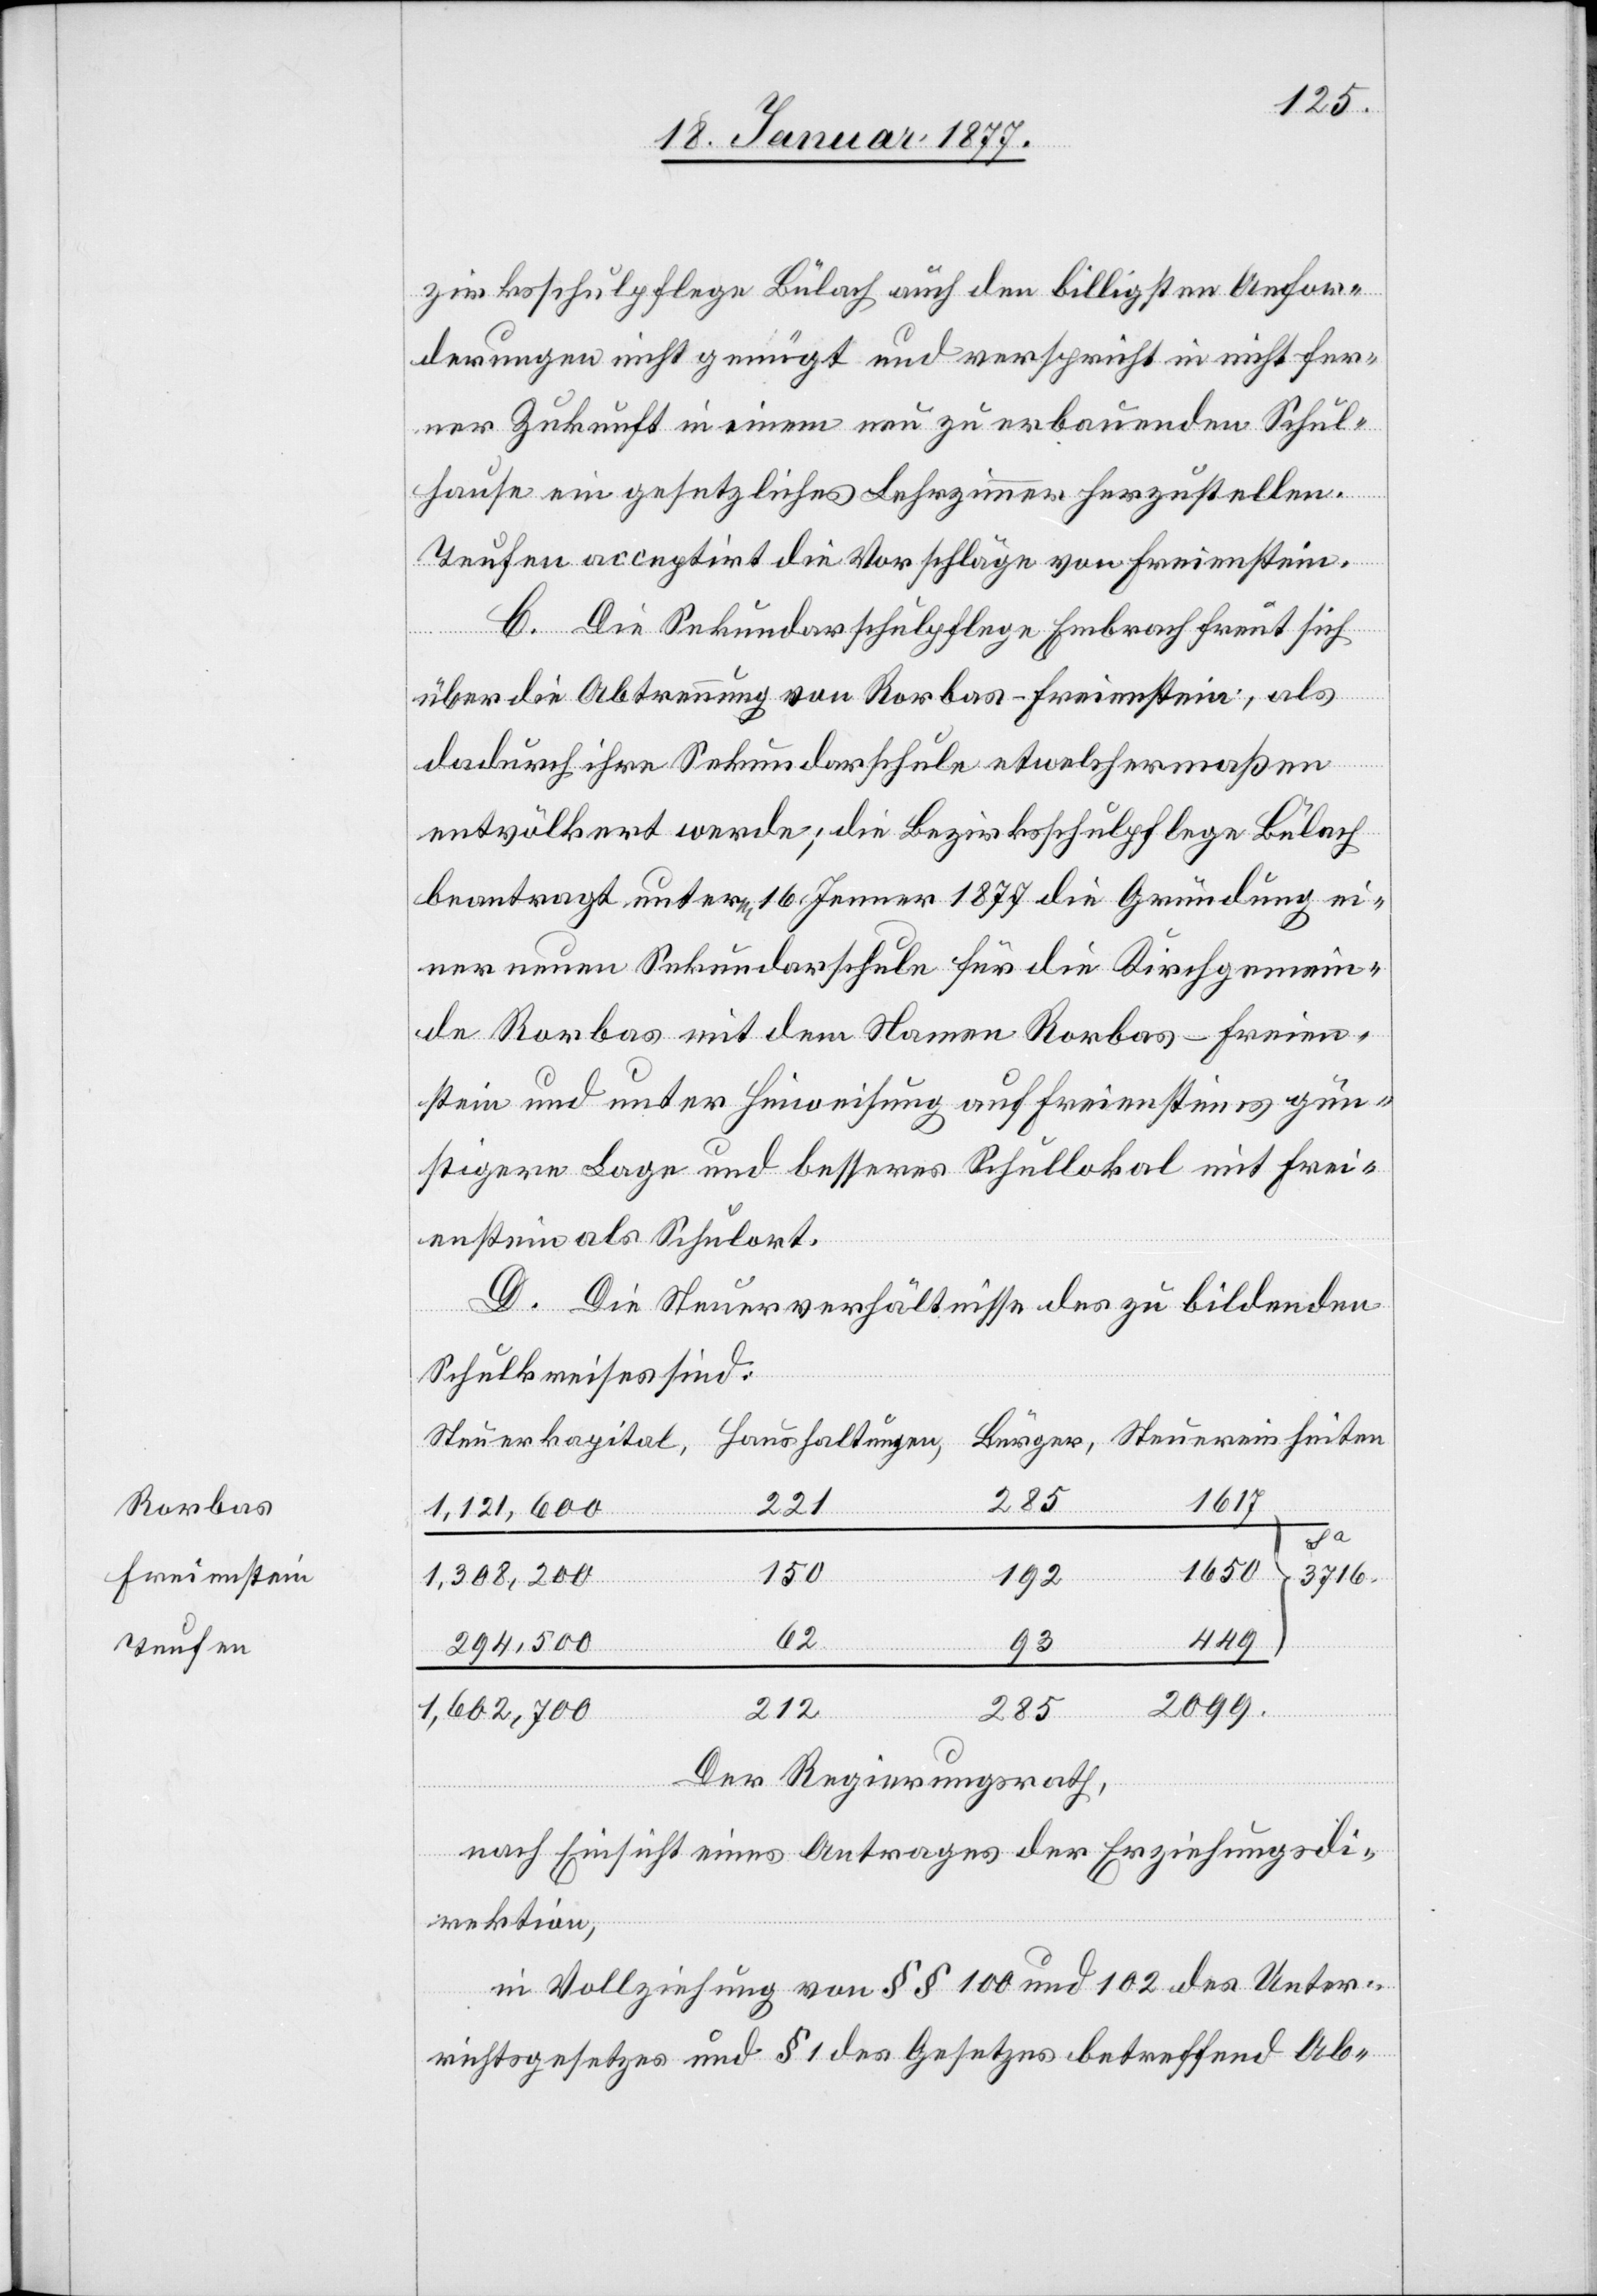
Rorbas
Freienstein
Teufen

zirksschulpflege Bülach auch den billigsten Anfor¬
derungen nicht genügt und verspricht in nicht fer¬
ner Zukunft in einem neu zu erbauenden Schul¬
hause ein gesetzliches Lehrzimmer herzustellen.
Teufen acceptirt die Vorschläge von Freienstein.
nheiten
C. Die Sekundarschulpflege Embrach freut sich
über die Abtrennung von Rorbas-Freienstein, als
dadurch ihre Sekundarschule etwelchermaßen
entvölkert werde; die Bezirksschulpflege Bülach
beantragt unterm 16. Jenner 1877 die Gründung ei¬
ner neuen Sekundarschule für die Kirchgemein¬
de Rorbas mit dem Namen Rorbas-Freien¬
stein und unter Hinweisung auf Freiensteins gün¬
stigere Lage und besseres Schullokal mit Frei¬
enstein als Schulort.
D. Die Steuerverhältnisse des zu bildenden
Schulkreises sind:
285
1617
221
1,121,600
Sa
1650
150
3716
1,308,200
192
449
294,500
93
2099
212
285
1,602,700
Der Regierungsrath,
nach Einsicht eines Antrages der Erziehungsdi¬
rektion,
in Vollziehung von §§ 100 und 102 des Unter¬
richtsgesetzes und § 1 des Gesetzes betreffend Ab-